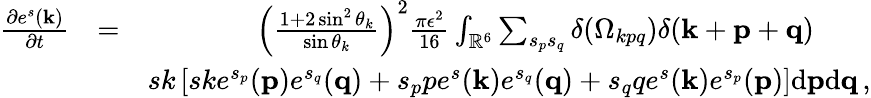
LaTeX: \begin{array}{rlr}{\frac{\partial e^{s}({\mathbf k})}{\partial t}}&{=}&{\left(\frac{1+2\sin^{2}\theta_{k}}{\sin\theta_{k}}\right)^{2}\frac{\pi\epsilon^{2}}{16}\int_{{\mathbb{R}}^{6}}\sum_{s_{p}s_{q}}\delta(\Omega_{kpq})\delta({\mathbf k}+{\mathbf p}+{\mathbf q})\quad\quad}\\ &{}&{sk\left[ske^{s_{p}}({\mathbf p})e^{s_{q}}({\mathbf q})+s_{p}pe^{s}({\mathbf k})e^{s_{q}}({\mathbf q})+s_{q}qe^{s}({\mathbf k})e^{s_{p}}({\mathbf p})\right]\mathrm{d}{\mathbf p}\mathrm{d}{\mathbf q}\, ,}\end{array}